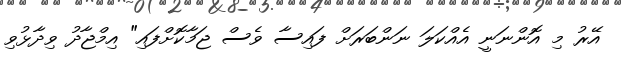
އޭރު މި އޮންނަނީ އެއްކަލަ ނަންބަރަށް ފައިސާ ވެސް ޖަމާކޮށްފައި" އިމްޖާދު ވިދާޅުވި